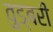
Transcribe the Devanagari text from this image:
वुड्बरी